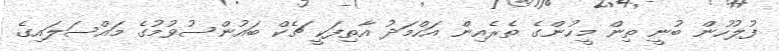
ފުލުހުން ބުނީ ތިން މީހުންގެ ތެރެއިން އަހްމަދު އާތިފަކީ ޗެކް ބައުންސުވުމުގެ މައްސަލައިގެ